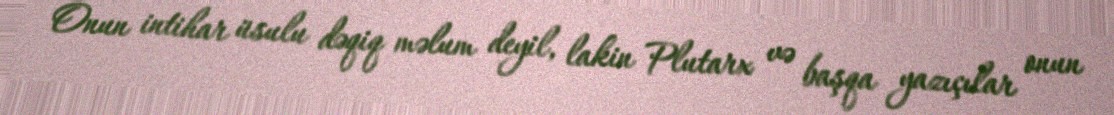
Onun intihar üsulu dəqiq məlum deyil, lakin Plutarx və başqa yazıçılar onun